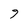
Character: 9